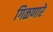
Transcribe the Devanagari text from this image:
गिळणारे